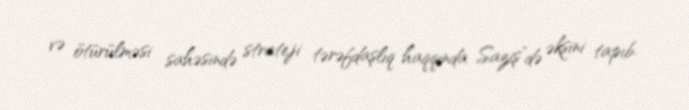
və ötürülməsi sahəsində strateji tərəfdaşlıq haqqında Saziş”də əksini tapıb.